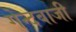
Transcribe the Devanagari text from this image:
गेन्दबाजी